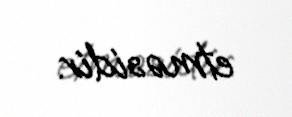
etməsidir.